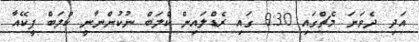
އަދި ދެވަނަ މެޗްގައި 9:30 ގައި ރެޑްލައިން ކްލަބް ނުކުންނާނީ ކްލަބް ޕީކޭއާ